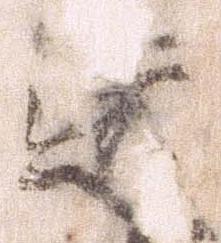
透